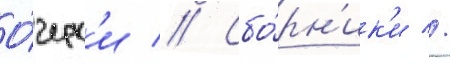
О́черк'и // Сбо́рн'ик'и //